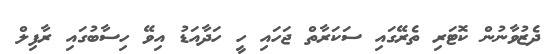
ދެޒުވާނުން ކޮޓަރި ތެރޭގައި ސަކަރާތް ޖަހައި ހީ ހަދާއަޑު އިވޭ ހިސާބުގައި ރާފިލް